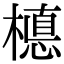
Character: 𣚅